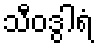
သီဝဒွါရံ